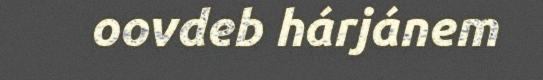
oovdeb hárjánem